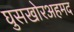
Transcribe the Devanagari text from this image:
घुसखोरअहमद